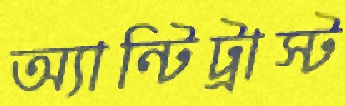
অ্যান্টিট্রাস্ট